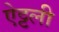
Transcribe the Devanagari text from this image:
ऐट्टली